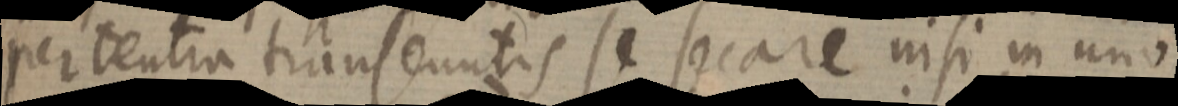
per tentra transeuntis se secare nisi in uno